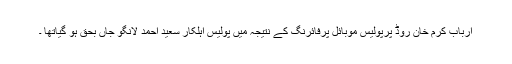
ارباب کرم خان روڈ پرپولیس موبائل پرفائرنگ کے نتیجہ میں پولیس اہلکار سعید احمد لانگو جاں بحق ہو گیاتھا ۔